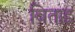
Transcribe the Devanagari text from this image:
विताइ